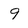
Character: 9